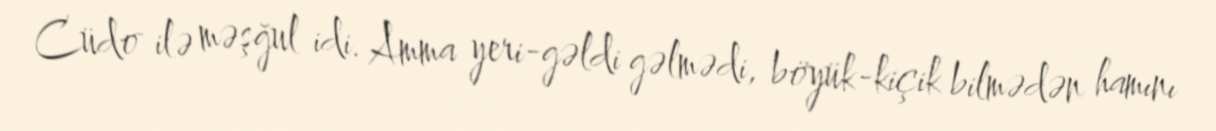
Cüdo ilə məşğul idi. Amma yeri-gəldi gəlmədi, böyük-kiçik bilmədən hamını